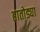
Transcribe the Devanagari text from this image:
हातोड्या